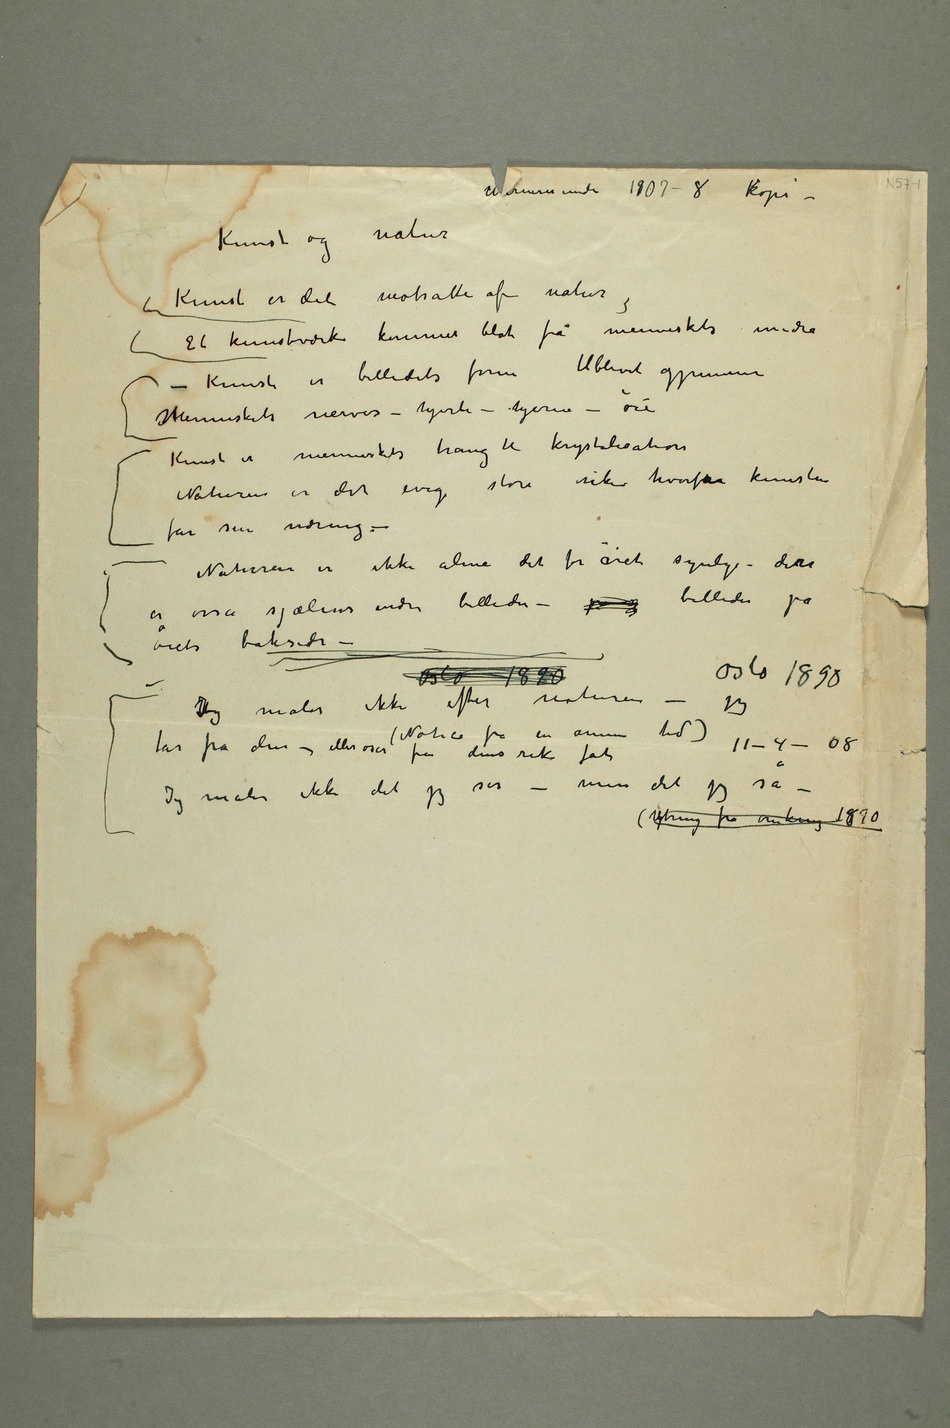
Warnemünde 1907–8 cKopi –
Kunst og natur
Et kunstværk kommer blot fra menneskets indre
– Kunst er billedets form tilblivet gjennem
Menneskets nerver – hjerte – hjerne – øie
Kunst er menneskets trang til krystalisation
Naturen er det evig store rike hvorfra kunsten
øiets bakside –
Jeg maler ikke efter naturen – jeg
Jeg maler ikke det jeg ser – men det jeg så – (UYtring fra omkring